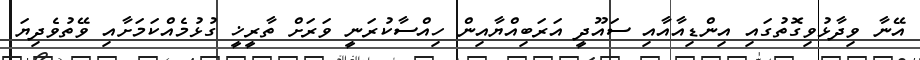
އޭނާ ވިދާޅުވިގޮތުގައި އިންޑިއާއާއި ސައޫދީ އަރަބިއްޔާއިން ހިއްސާކުރަނީ ވަރަށް ތާރީޚީ ގުޅުމެއްކަމަށާއި ވޭތުވެދިޔަ